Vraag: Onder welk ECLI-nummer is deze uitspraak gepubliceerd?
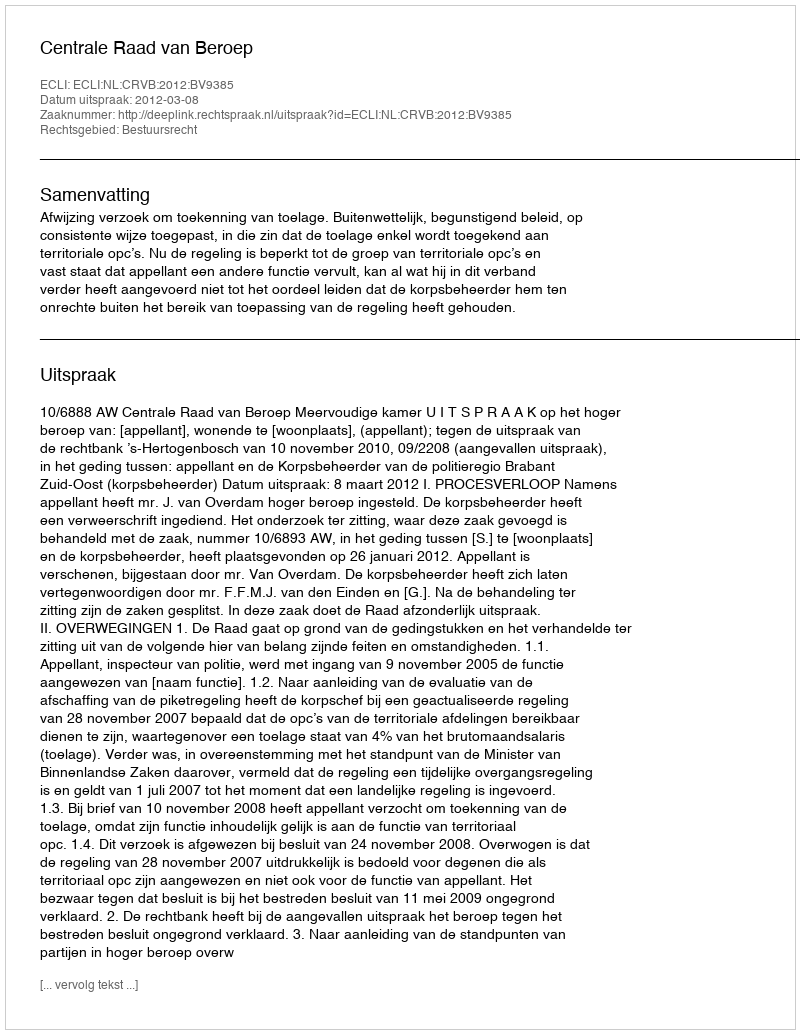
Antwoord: ECLI:NL:CRVB:2012:BV9385